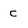
Character: C